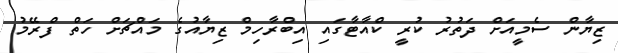
ޒިޔާން ސެމީއަށް ދަތުރު ކުރީ ކްއާޓާގައި އިބްރާހިމް ޒިޔާއުގެ މައްޗަށް ހަތް ފްރޭމު